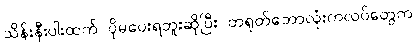
သိန်းနီးပါးထက် ပိုမပေးရဘူးဆိုပြီး တရုတ်ဘောလုံးကလပ်တွေက